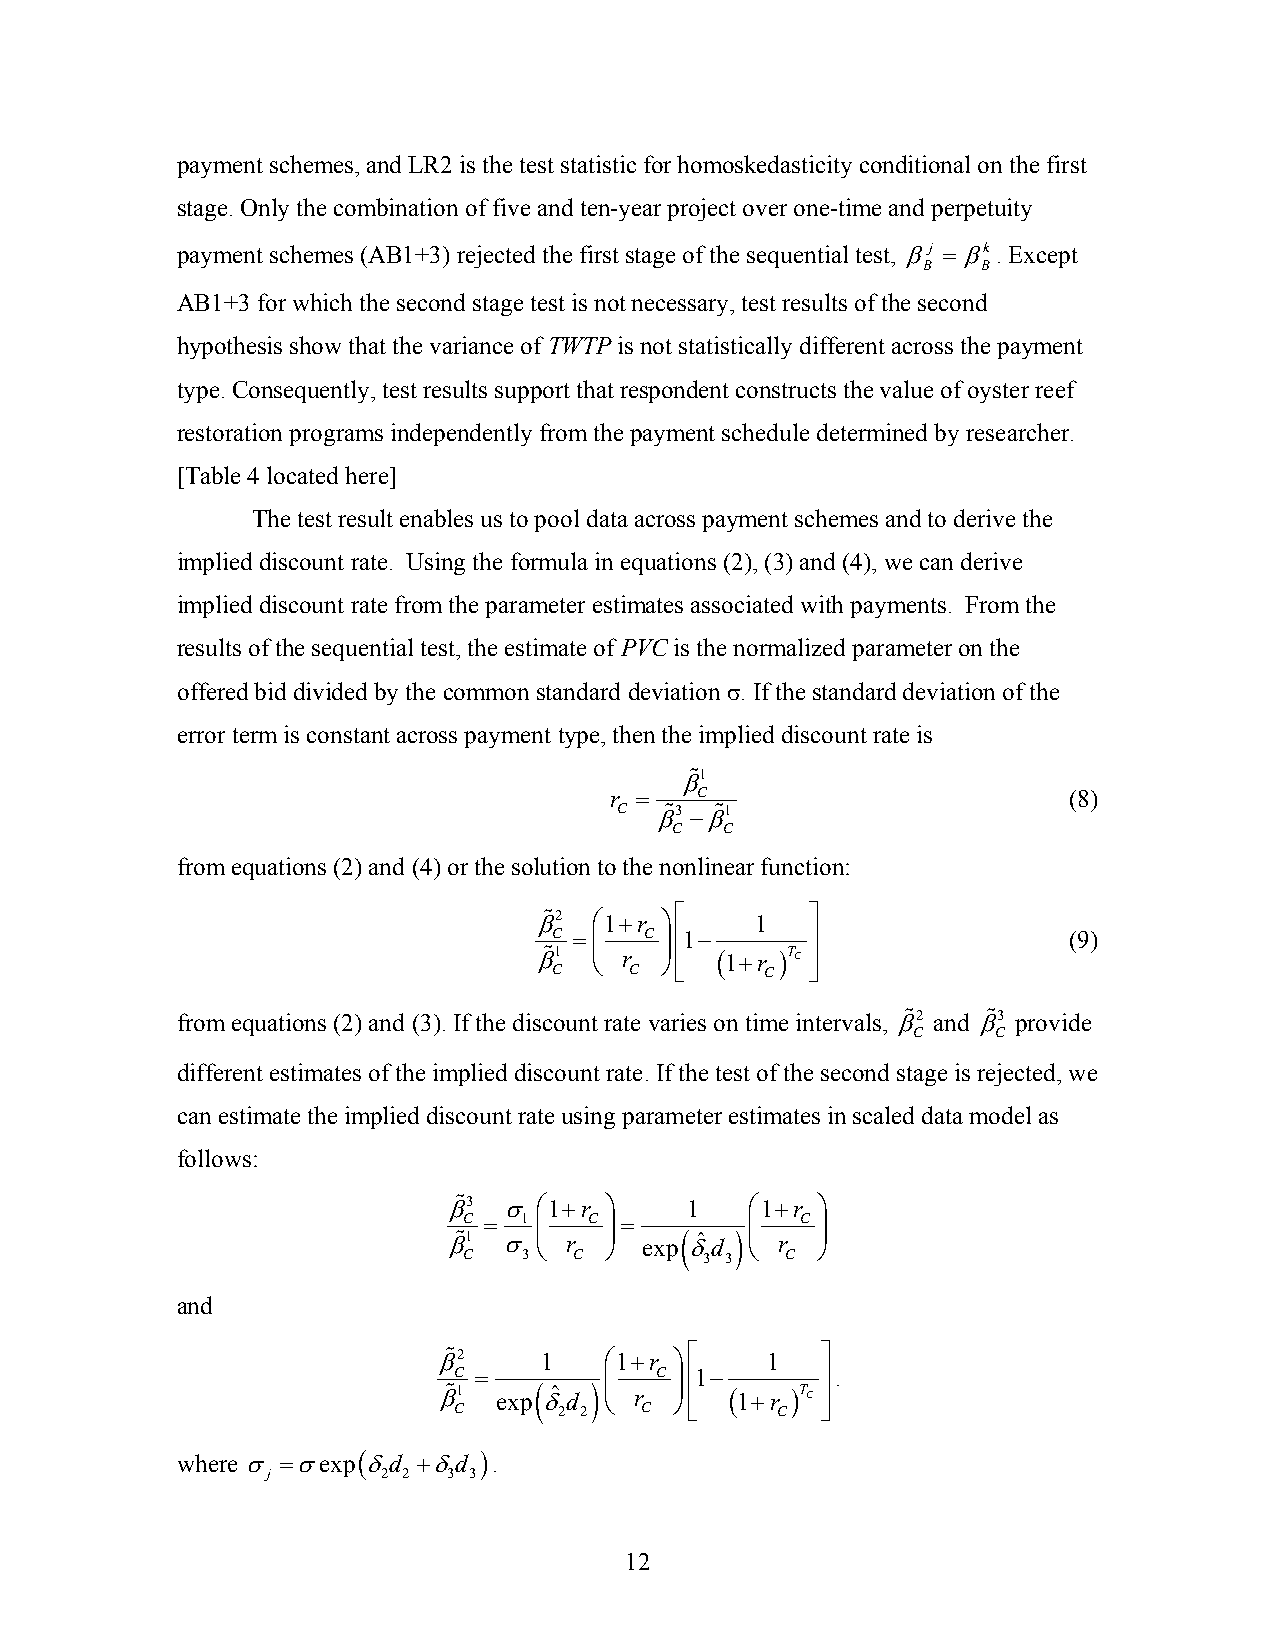
payment schemes, and LR2 is the test statistic for homoskedasticity conditional on the first
 stage. Only the combination of five and ten-year project over one-time and perpetuity
 payment schemes (AB1+3) rejected the first stage of the sequential test, βj =βk. Except
 B   B
 AB1+3 for which the second stage test is not necessary, test results of the second
 hypothesis show that the variance of TWTP is not statistically different across the payment
 type. Consequently, test results support that respondent constructs the value of oyster reef
 restoration programs independently from the payment schedule determined by researcher.
 [Table 4 located here]
 The test result enables us to pool data across payment schemes and to derive the
 implied discount rate. Using the formula in equations (2), (3) and (4), we can derive
 implied discount rate from the parameter estimates associated with payments. From the
 results of the sequential test, the estimate of PVC is the normalized parameter on the
 offered bid divided by the common standard deviation σ. If the standard deviation of the
 error term is constant across payment type, then the implied discount rate is
 β%1
 r =   C                        (8)
 C β%3 −β%1
 C  C
 from equations (2) and (4) or the solution to the nonlinear function:
 β%2 ⎛1+r ⎞⎡    1   ⎤
 C =⎜  C ⎟⎢1−     ⎥                (9)
 β% C1 ⎝ r C ⎠⎢ ⎣ (1+r C)T C ⎥ ⎦
 from equations (2) and (3). If the discount rate varies on time intervals, β%2 and β%3 provide
 C     C
 different estimates of the implied discount rate. If the test of the second stage is rejected, we
 can estimate the implied discount rate using parameter estimates in scaled data model as
 follows:
 β%3 σ ⎛1+r ⎞   1    ⎛1+r ⎞
 C = 1 ⎜ C ⎟=       ⎜  C ⎟
 β%1 σ ⎝ r ⎠  exp( δˆ d ) ⎝ r ⎠
 C   3  C        3 3  C
 and
 β%2    1   ⎛1+r ⎞⎡    1  ⎤
 C =       ⎜  C ⎟⎢1−     ⎥.
 β% C1 exp( δˆ 2d 2) ⎝ r C ⎠⎢ ⎣ (1+r C)T C ⎥ ⎦
 where σ =σexp(δd +δd ).
 j      2 2  3 3
 12